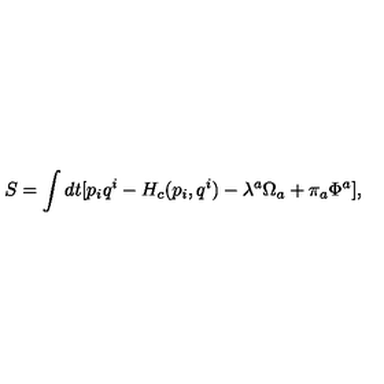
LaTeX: S = \int d t [ p _ { i } q ^ { i } - H _ { c } ( p _ { i } , q ^ { i } ) - \lambda ^ { a } \Omega _ { a } + \pi _ { a } \Phi ^ { a } ] ,